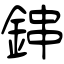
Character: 鋛